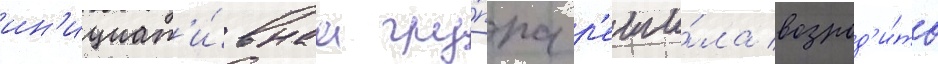
ин'ициат'и́внаа гру́ппа р'еши́ла возрод'и́ть